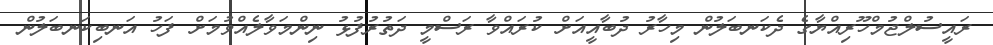
ރައީސުލްޖުމްހޫރިއްޔާގެ ދެކަނބަލުން މިހާރު ދުބާއީއަށް ކުރައްވާ ރަސްމީ ދަތުރުފުޅު ނިންމަވާލެއްވުމަށް ފަހު އަނބިކަނބަލުން